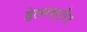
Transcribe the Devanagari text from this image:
हेलरस्टीन